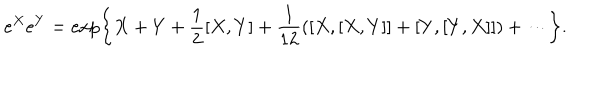
e ^ { X } e ^ { Y } = \exp \left\{ X + Y + { \frac { 1 } { 2 } } [ X , Y ] + { \frac { 1 } { 1 2 } } ( [ X , [ X , Y ] ] + [ Y , [ Y , X ] ] ) + \cdots \right\} .